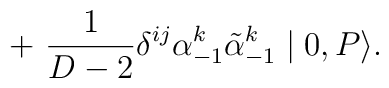
+~{1\over D-2}{\delta}^{ij}{\alpha}^k_{-1}\tilde{\alpha}^k_{-1}\mid 0,P \rangle .